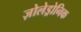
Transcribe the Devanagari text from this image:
ज़ोलेड्रोनिक